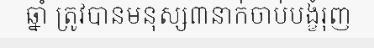
ឆ្នាំ ត្រូវបានមនុស្ស៣នាក់ចាប់បង្ខំរុញ